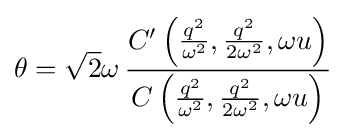
\theta ={\sqrt {2}}\omega \,{\frac {C^{\prime }\left({\frac {q^{2}}{\omega ^{2}}},{\frac {q^{2}}{2\omega ^{2}}},\omega u\right)}{C\left({\frac {q^{2}}{\omega ^{2}}},{\frac {q^{2}}{2\omega ^{2}}},\omega u\right)}}